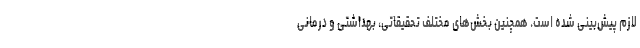
لازم پیش‌بینی شده است. همچنین بخش‌های مختلف تحقیقاتی، بهداشتی و درمانی